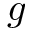
g